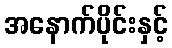
အနောက်ပိုင်းနှင့်